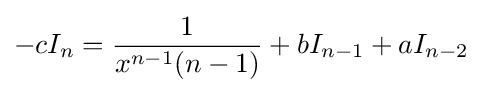
-cI_{n}={\frac {1}{x^{n-1}(n-1)}}+bI_{n-1}+aI_{n-2}\,\!